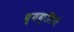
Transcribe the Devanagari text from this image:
ब्यक्तियो